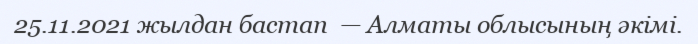
25.11.2021 жылдан бастап  — Алматы облысының әкімі.